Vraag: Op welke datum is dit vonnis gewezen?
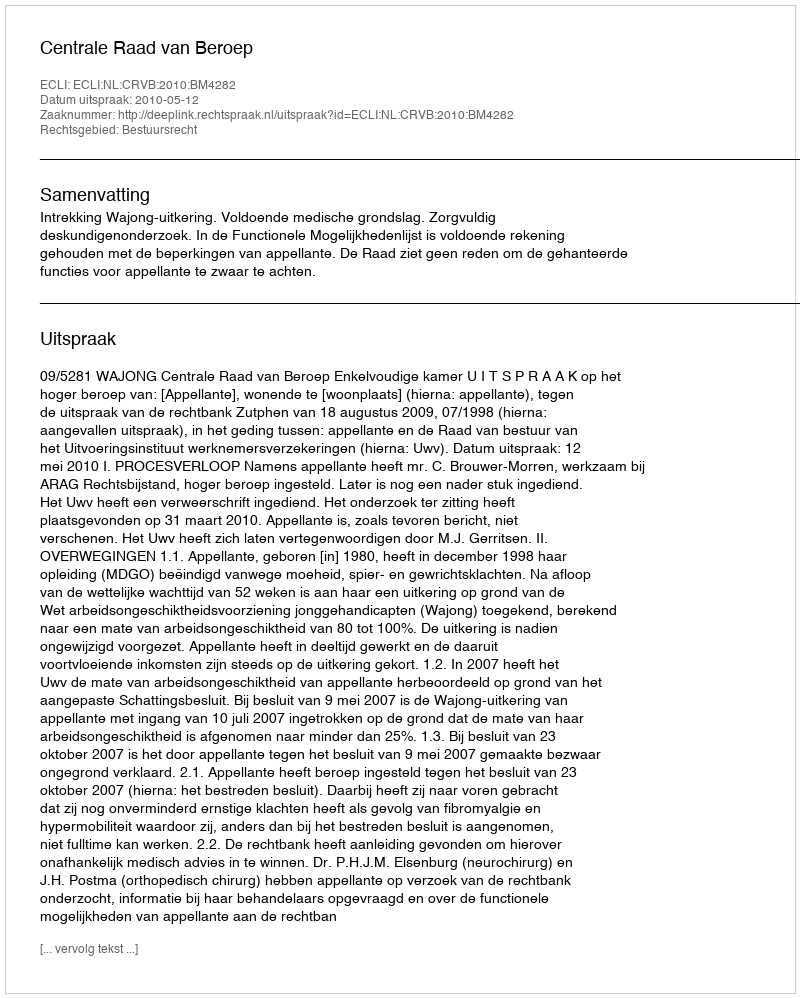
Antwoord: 2010-05-12